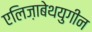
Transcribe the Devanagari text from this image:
एलिज़ाबेथयुगीन